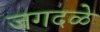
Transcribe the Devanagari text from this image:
जगदळे